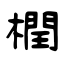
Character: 橍